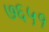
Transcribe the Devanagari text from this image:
७६५१